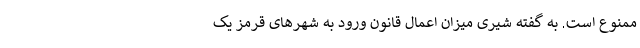
ممنوع است. به گفته شیری میزان اعمال قانون ورود به شهر‌های قرمز یک